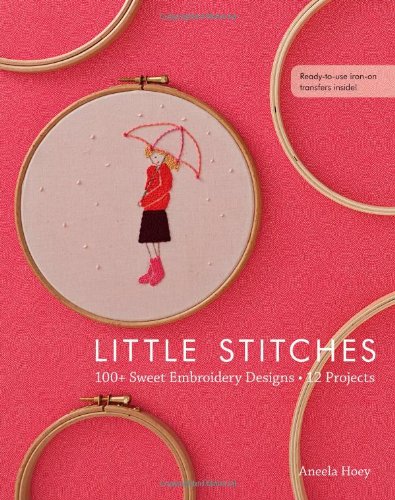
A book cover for Little Stitches: 100+ Sweet Embroidery Designs  12 Projects; Aneela Hoey; Crafts, Hobbies & Home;